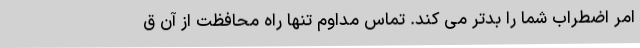
امر اضطراب شما را بدتر می کند. تماس مداوم تنها راه محافظت از آن ق